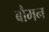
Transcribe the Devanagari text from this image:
बौमन